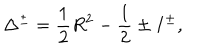
\Delta ^ { \pm } = \frac { 1 } { 2 } R ^ { 2 } - \frac { 1 } { 2 } \pm I ^ { \pm } ,